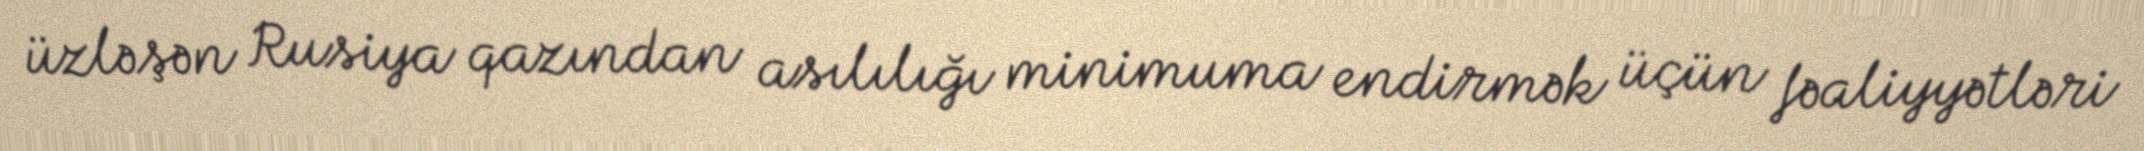
üzləşən Rusiya qazından asılılığı minimuma endirmək üçün fəaliyyətləri